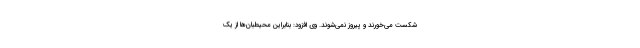
شکست می‌خورند و پیروز نمی‌شوند. وی افزود: بنابراین محیطبان‌ها از یک